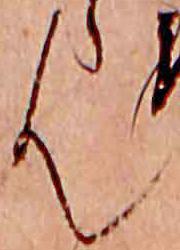
ん